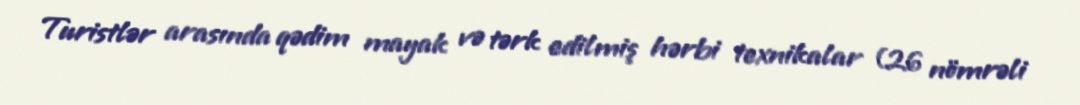
Turistlər arasında qədim mayak və tərk edilmiş hərbi texnikalar (26 nömrəli